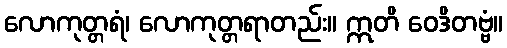
လောကုတ္တရံ၊ လောကုတ္တရာတည်း။ ဣတိ ဝေဒိတဗ္ဗံ။